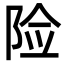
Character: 险